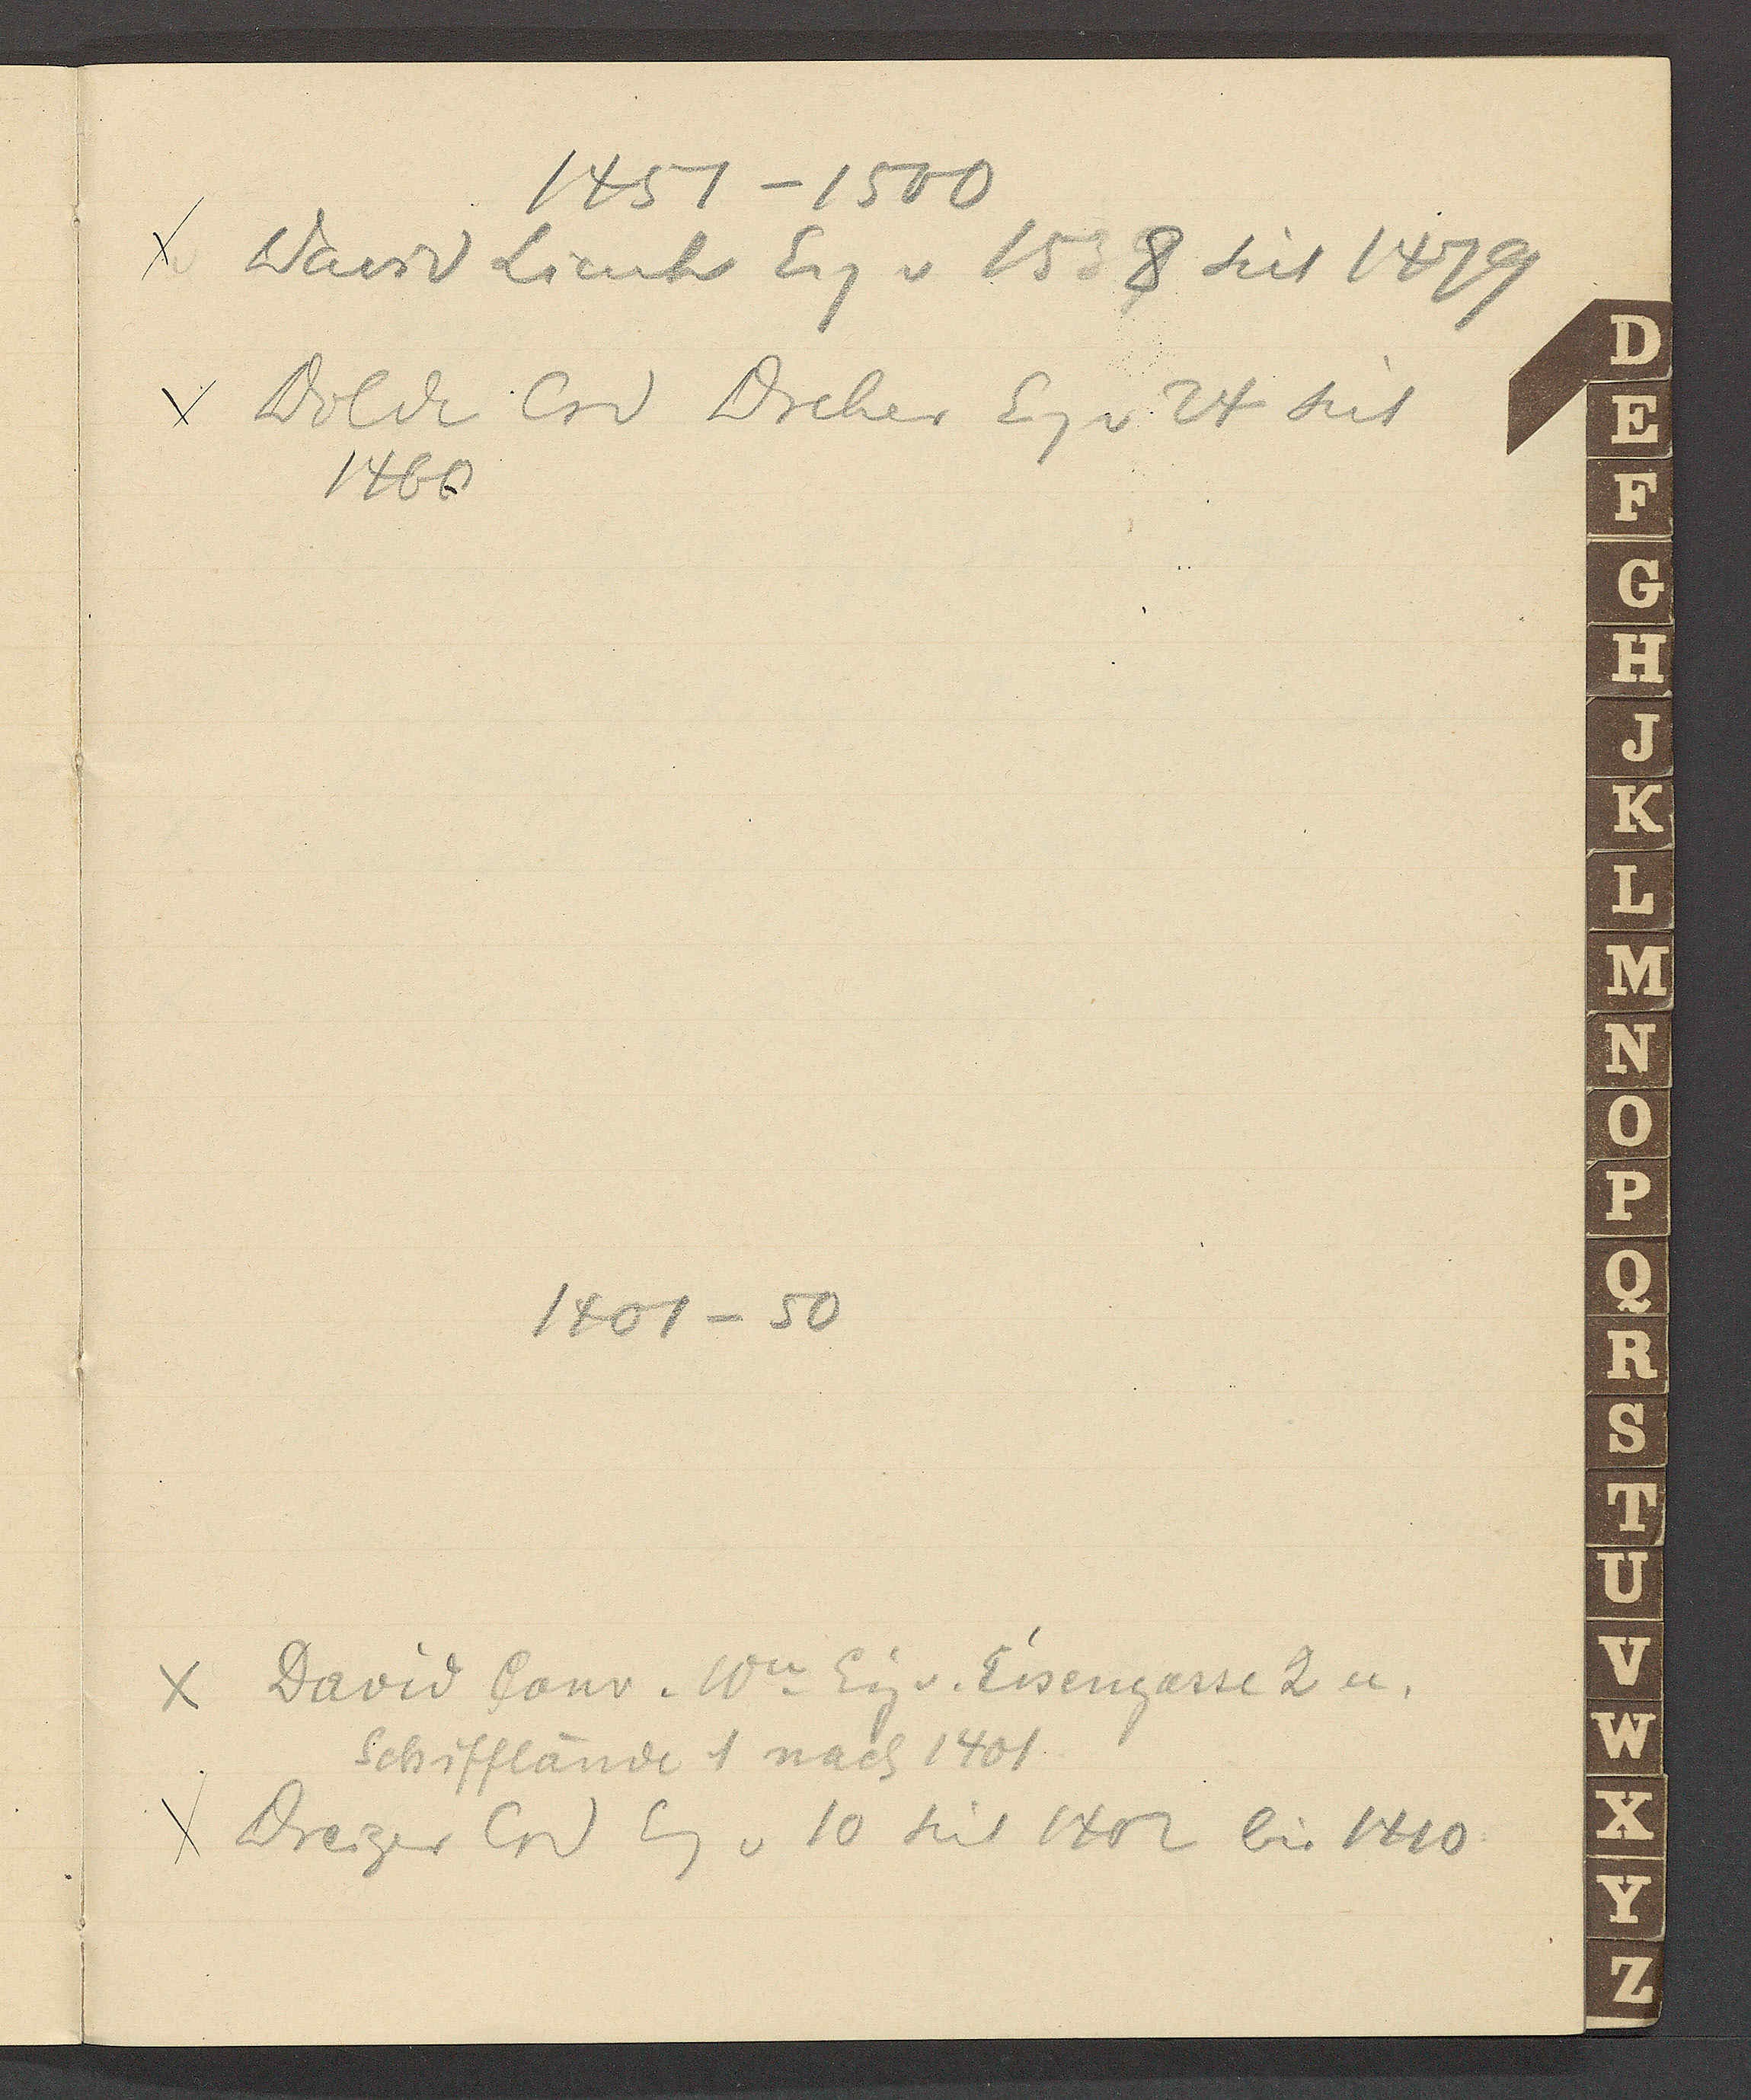
Transcript:
1451 – 1500
David Lienh Eig v 1538 seit 1479
Dolde Crd Dreher Eig v. 24 seit
1460
1401 – 50
David Conr. Ww Eig v. Eisengasse 2 u.
Schifflände 1 nach 1401
Dreiger Crd Eg v. 10 seit 1402 bis 1410